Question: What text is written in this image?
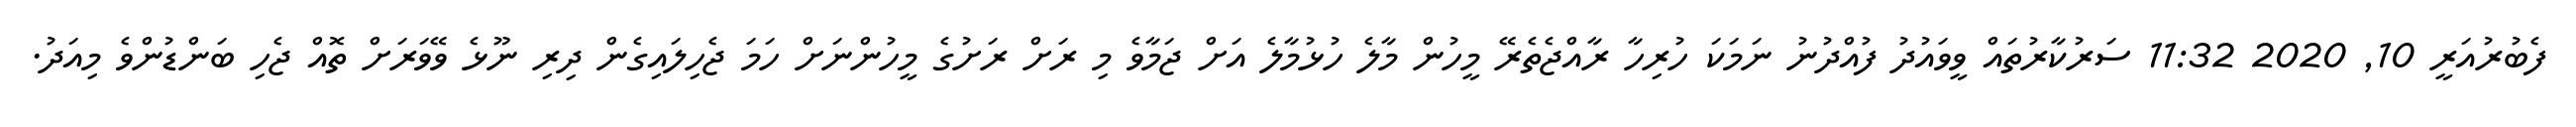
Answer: ފެބުރުއަރީ 10, 2020 11:32 ސަރުކާރުތައް ވީވައުދު ފުއްދުނު ނަމަކަ ހުރިހާ ރާއްޖެތެރޭ މީހުން މާލެ ހުޅުމާލެ އަށް ޖަމާވެ މި ރަށް ރަށުގެ މީހުންނަށް ހަމަ ޖެހިލައިގެން ދިރި ނޫޅެ ވޭވަރަށް ތޮއް ޖެހި ބަންޑުންވެ މިއަދު.